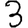
Digit: 3